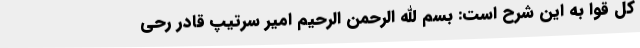
کل قوا به این شرح است: بسم الله الرحمن الرحیم امیر سرتیپ قادر رحی